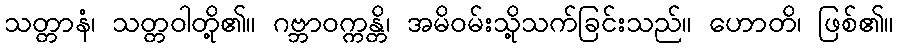
သတ္တာနံ၊ သတ္တဝါတို့၏။ ဂဗ္ဘာဝက္ကန္တိ၊ အမိဝမ်းသို့သက်ခြင်းသည်။ ဟောတိ၊ ဖြစ်၏။